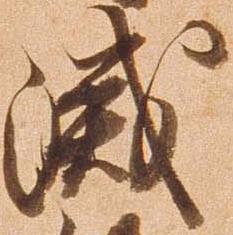
滅